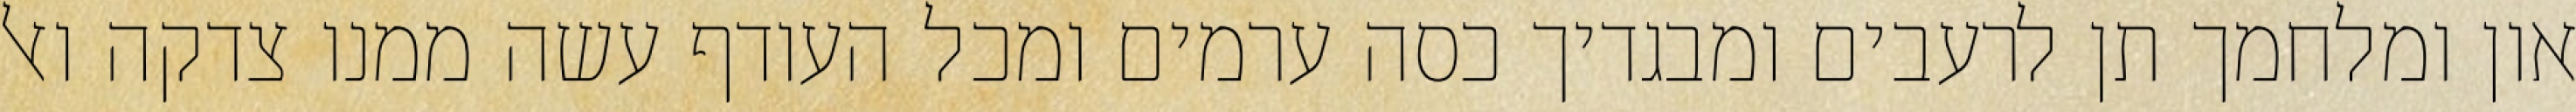
און ומלחמך תן לרעבים ומבגדיך כסה ערמים ומכל העודף עשה ממנו צדקה ואל